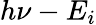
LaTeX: h\nu-E_{i}